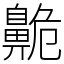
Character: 𪖡